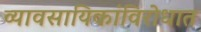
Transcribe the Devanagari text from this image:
व्यावसायिकांविरोधात